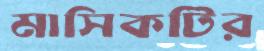
মাসিকটির